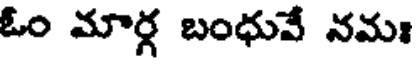
ఓం మార్గ బంధువే నమః